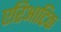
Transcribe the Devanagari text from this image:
एरिआटिक